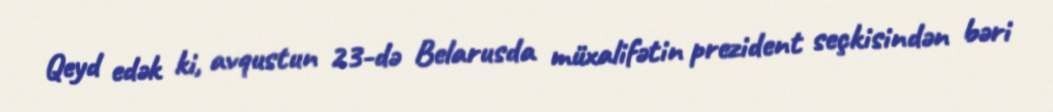
Qeyd edək ki, avqustun 23-də Belarusda müxalifətin prezident seçkisindən bəri